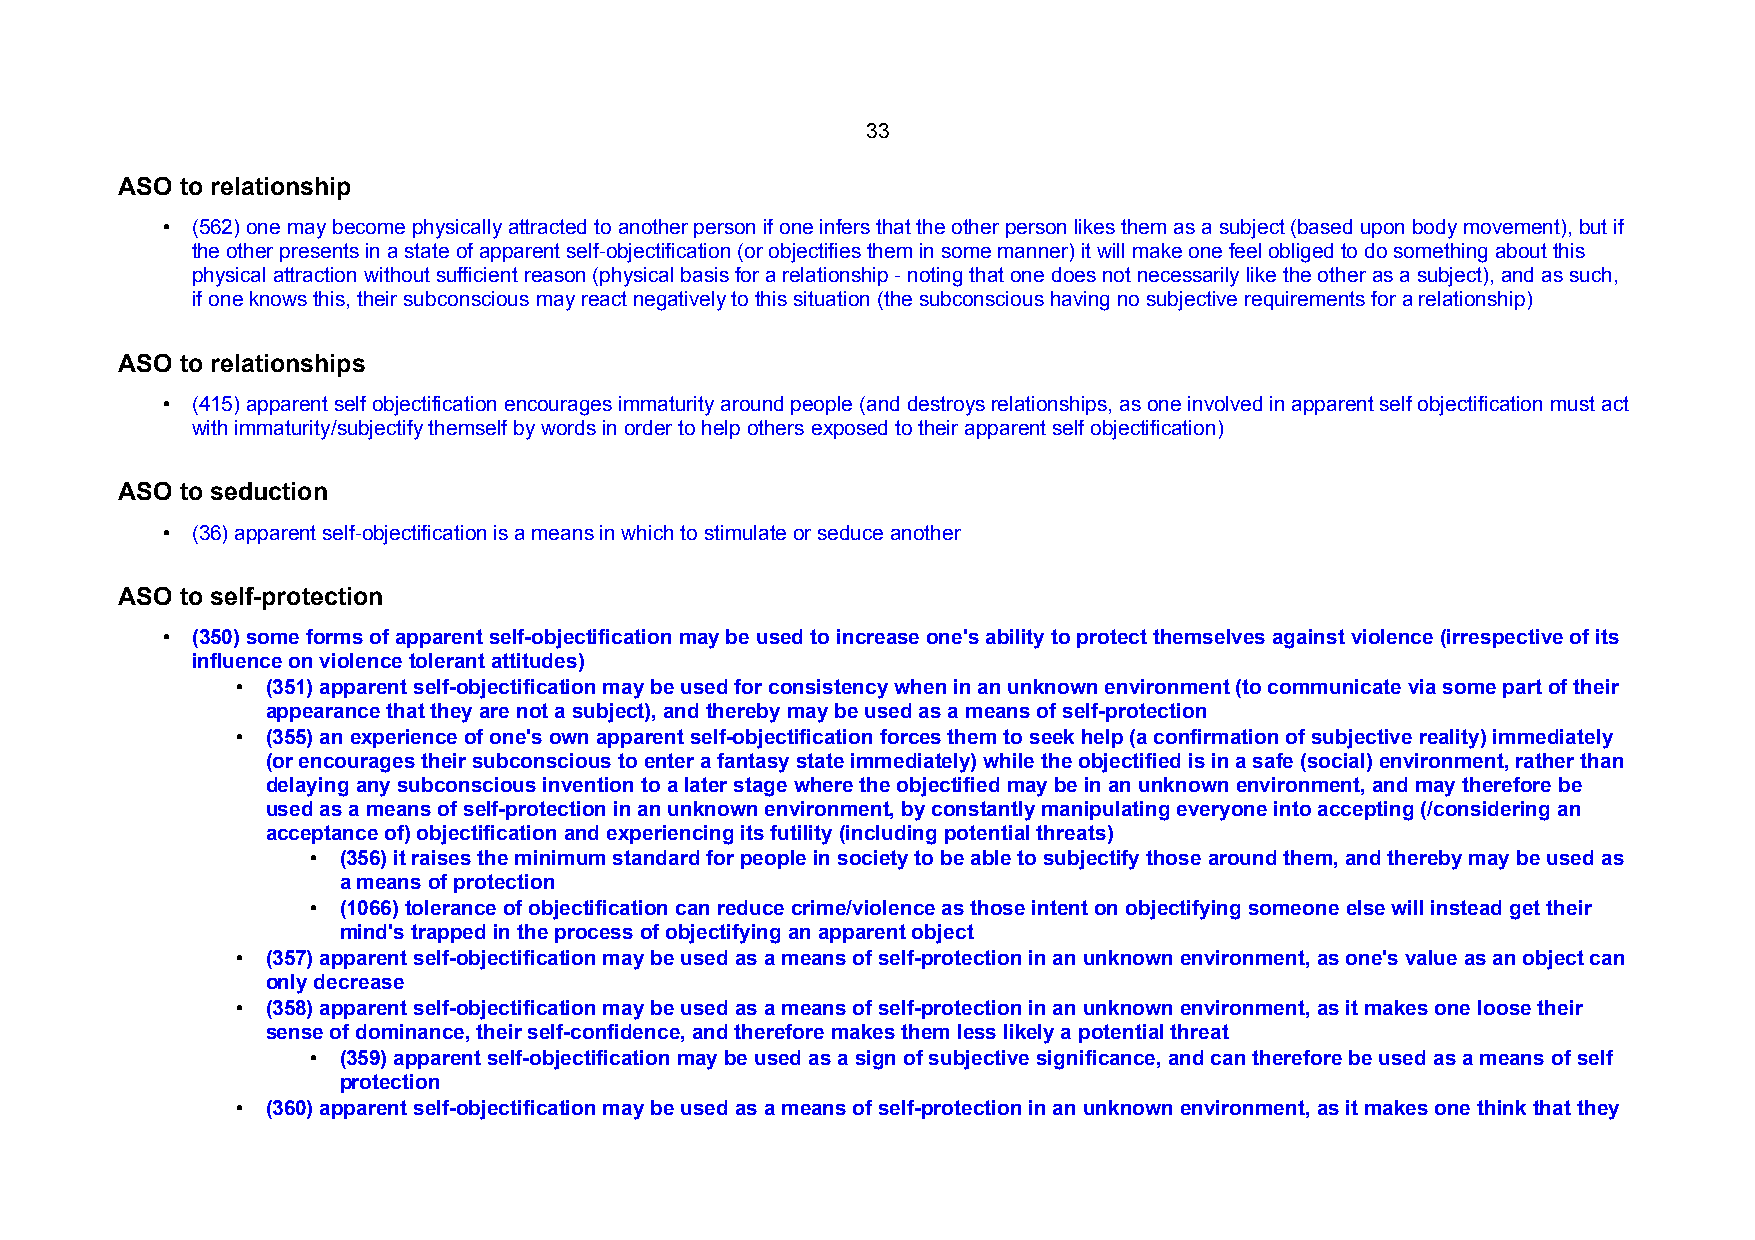
33
 ASO to relationship
 • (562) one may become physically attracted to another person if one infers that the other person likes them as a subject (based upon body movement), but if
 the other presents in a state of apparent self-objectification (or objectifies them in some manner) it will make one feel obliged to do something about this
 physical attraction without sufficient reason (physical basis for a relationship - noting that one does not necessarily like the other as a subject), and as such,
 if one knows this, their subconscious may react negatively to this situation (the subconscious having no subjective requirements for a relationship)
 ASO to relationships
 • (415) apparent self objectification encourages immaturity around people (and destroys relationships, as one involved in apparent self objectification must act
 with immaturity/subjectify themself by words in order to help others exposed to their apparent self objectification)
 ASO to seduction
 • (36) apparent self-objectification is a means in which to stimulate or seduce another
 ASO to self-protection
 • (350) some forms of apparent self-objectification may be used to increase one's ability to protect themselves against violence (irrespective of its
 influence on violence tolerant attitudes)
 • (351) apparent self-objectification may be used for consistency when in an unknown environment (to communicate via some part of their
 appearance that they are not a subject), and thereby may be used as a means of self-protection
 • (355) an experience of one's own apparent self-objectification forces them to seek help (a confirmation of subjective reality) immediately
 (or encourages their subconscious to enter a fantasy state immediately) while the objectified is in a safe (social) environment, rather than
 delaying any subconscious invention to a later stage where the objectified may be in an unknown environment, and may therefore be
 used as a means of self-protection in an unknown environment, by constantly manipulating everyone into accepting (/considering an
 acceptance of) objectification and experiencing its futility (including potential threats)
 • (356) it raises the minimum standard for people in society to be able to subjectify those around them, and thereby may be used as
 a means of protection
 • (1066) tolerance of objectification can reduce crime/violence as those intent on objectifying someone else will instead get their
 mind's trapped in the process of objectifying an apparent object
 • (357) apparent self-objectification may be used as a means of self-protection in an unknown environment, as one's value as an object can
 only decrease
 • (358) apparent self-objectification may be used as a means of self-protection in an unknown environment, as it makes one loose their
 sense of dominance, their self-confidence, and therefore makes them less likely a potential threat
 • (359) apparent self-objectification may be used as a sign of subjective significance, and can therefore be used as a means of self
 protection
 • (360) apparent self-objectification may be used as a means of self-protection in an unknown environment, as it makes one think that they